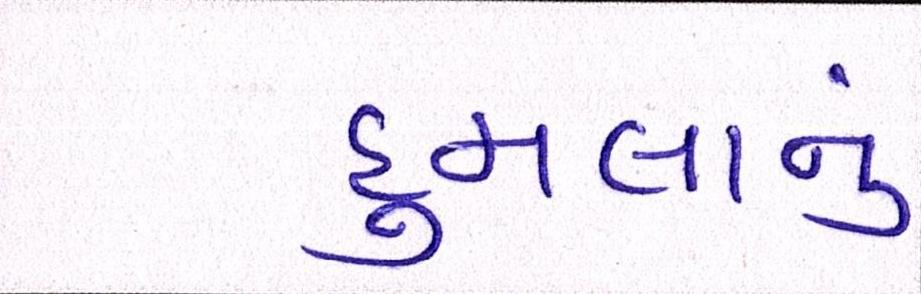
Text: હુમલાનું